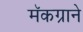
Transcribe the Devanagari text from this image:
मॅकग्राने